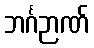
ဘင်္ဂဉာဏ်